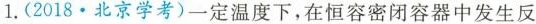
1.(2018.北京学考)一定温度下，在恒容密闭容器中发生反